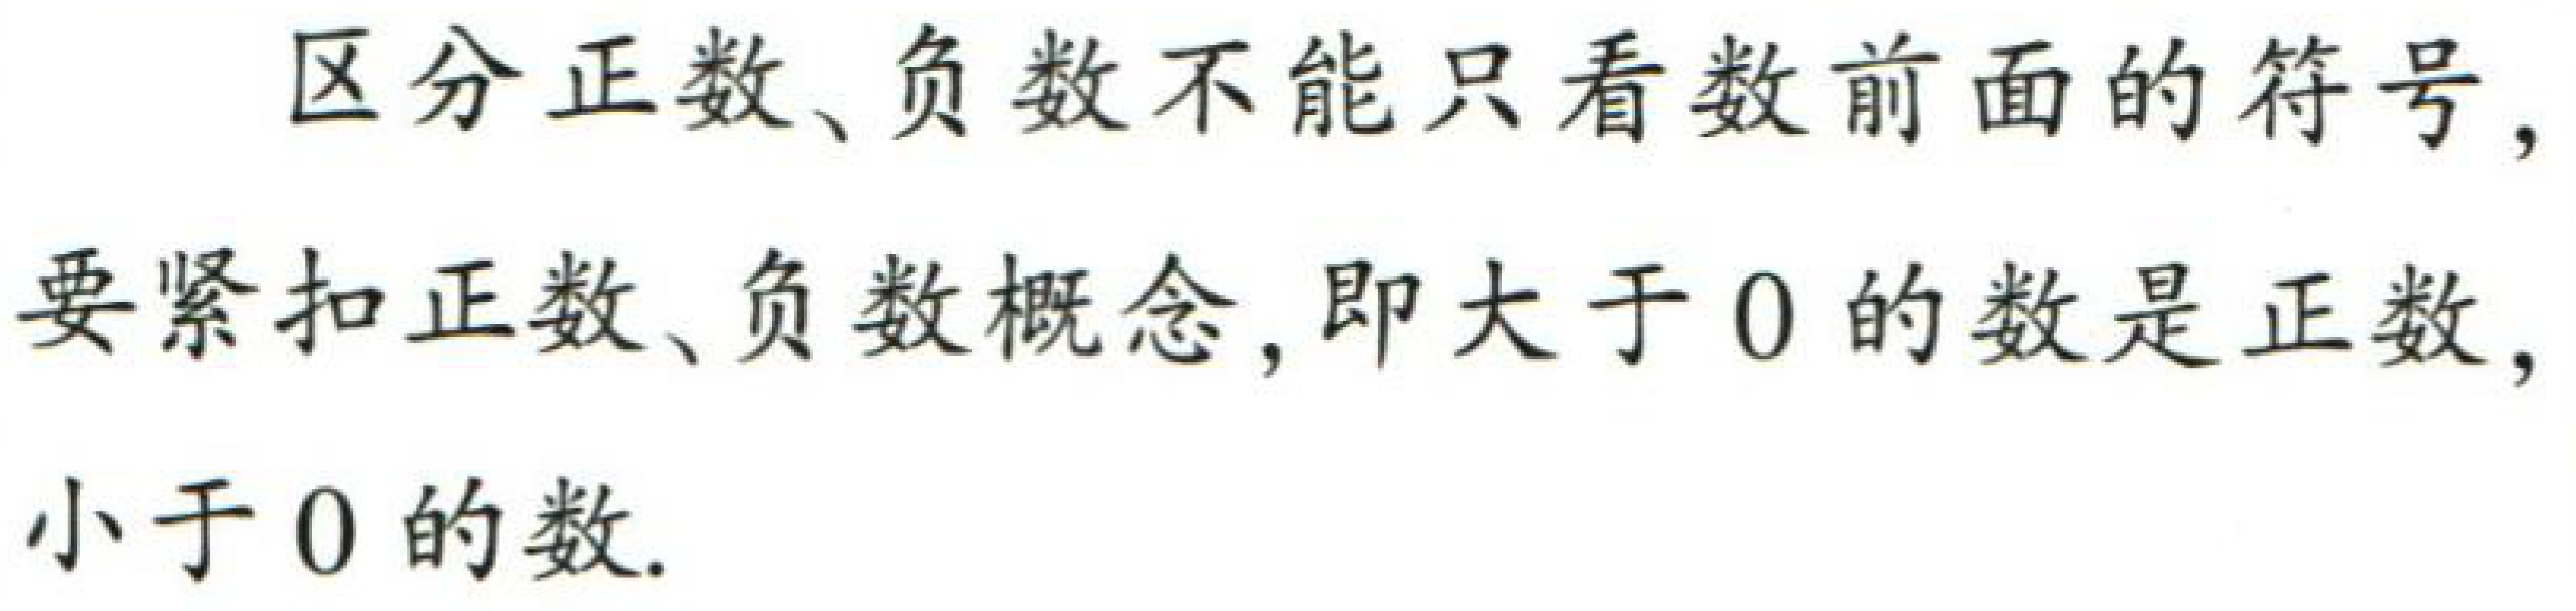
区分正数、负数不能只看数前面的符号，要紧扣正数、负数概念，即大于\(0\)的数是正数，小于\(0\)的数.